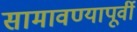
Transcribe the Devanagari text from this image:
सामावण्यापूर्वी